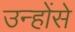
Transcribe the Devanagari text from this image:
उन्होंसे